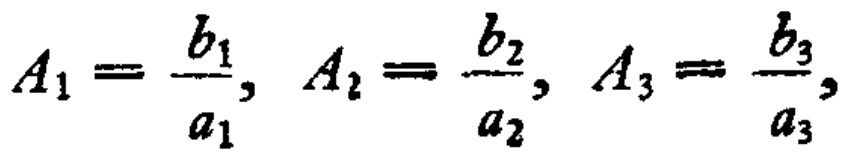
\(A_{1}=\frac{b_{1}}{a_{1}}, A_{2}=\frac{b_{2}}{a_{2}}, A_{3}=\frac{b_{3}}{a_{3}}\)